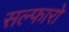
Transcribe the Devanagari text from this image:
सल्फारो